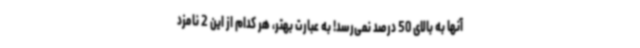
آنها به بالای 50 درصد نمی‌رسد! به عبارت بهتر، هر کدام از این 2 نامزد